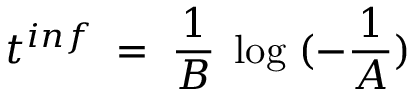
t ^ { i n f } \; = \; \frac { 1 } { B } \; \log \; ( - \frac { 1 } { A } )